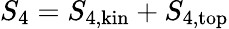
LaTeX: S_{4}=S_{4,\mathrm{kin}}+S_{4,\mathrm{top}}